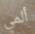
ألمي